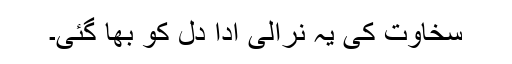
سخاوت کی یہ نرالی ادا دل کو بھا گئی۔